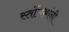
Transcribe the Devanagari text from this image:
स्तंभिकांनी